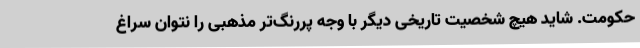
حکومت. شاید هیچ شخصیت تاریخی دیگر با وجه پررنگ‌تر مذهبی را نتوان سراغ